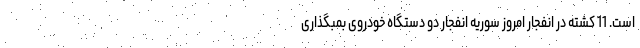
است. 11 کشته در انفجار امروز سوریه انفجار دو دستگاه خودروی بمبگذاری